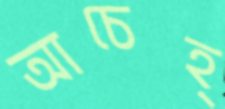
আচেহ্